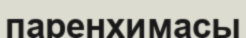
паренхимасы